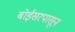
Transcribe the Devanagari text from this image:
बोईसरपासून